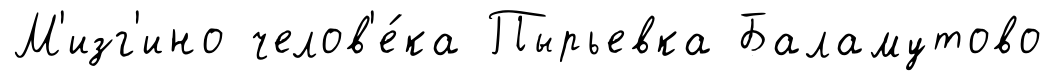
М'изг'ино челов'е́ка Пырьевка Баламутово